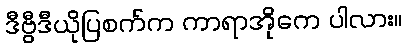
ဒီဗွီဒီယိုပြစက်က ကာရာအိုကေ ပါလား။